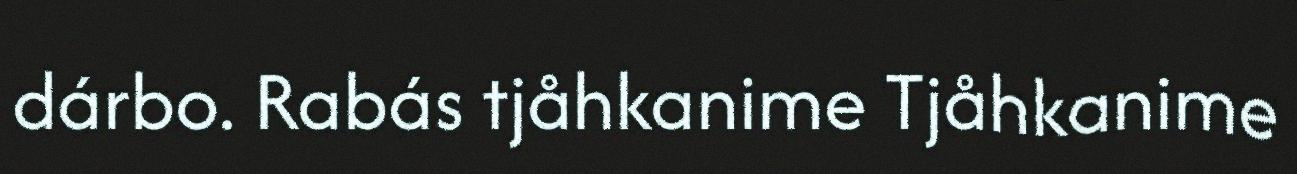
dárbo. Rabás tjåhkanime Tjåhkanime